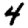
Digit: 4